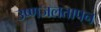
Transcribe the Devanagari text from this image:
उष्णजलतापन